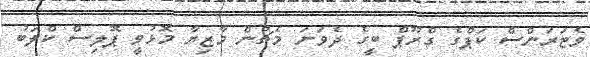
ވެޓަރަންސް ކަޕްގެ ގްރޫޕް ބީގެ ދެވަނަ މެޗުން މާޒިޔާ މޮޅުވީ ޕޮލިސް ކްލަބު